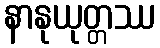
နာနုယုတ္တဿ